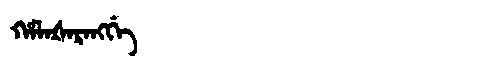
Manchu: ᡥᠠᠯᠠᡧᠠᡵᠠᠩᡤᡝ
Romanization: HALAŠARANGGE